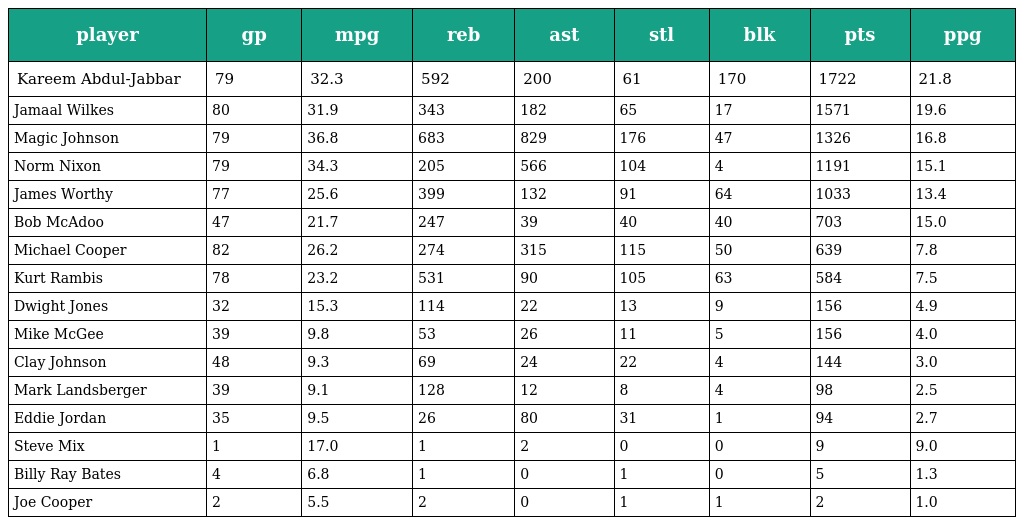
| player | gp | mpg | reb | ast | stl | blk | pts | ppg |
 | --- | --- | --- | --- | --- | --- | --- | --- | --- |
 | Kareem Abdul-Jabbar | 79 | 32.3 | 592 | 200 | 61 | 170 | 1722 | 21.8 |
 | Jamaal Wilkes | 80 | 31.9 | 343 | 182 | 65 | 17 | 1571 | 19.6 |
 | Magic Johnson | 79 | 36.8 | 683 | 829 | 176 | 47 | 1326 | 16.8 |
 | Norm Nixon | 79 | 34.3 | 205 | 566 | 104 | 4 | 1191 | 15.1 |
 | James Worthy | 77 | 25.6 | 399 | 132 | 91 | 64 | 1033 | 13.4 |
 | Bob McAdoo | 47 | 21.7 | 247 | 39 | 40 | 40 | 703 | 15.0 |
 | Michael Cooper | 82 | 26.2 | 274 | 315 | 115 | 50 | 639 | 7.8 |
 | Kurt Rambis | 78 | 23.2 | 531 | 90 | 105 | 63 | 584 | 7.5 |
 | Dwight Jones | 32 | 15.3 | 114 | 22 | 13 | 9 | 156 | 4.9 |
 | Mike McGee | 39 | 9.8 | 53 | 26 | 11 | 5 | 156 | 4.0 |
 | Clay Johnson | 48 | 9.3 | 69 | 24 | 22 | 4 | 144 | 3.0 |
 | Mark Landsberger | 39 | 9.1 | 128 | 12 | 8 | 4 | 98 | 2.5 |
 | Eddie Jordan | 35 | 9.5 | 26 | 80 | 31 | 1 | 94 | 2.7 |
 | Steve Mix | 1 | 17.0 | 1 | 2 | 0 | 0 | 9 | 9.0 |
 | Billy Ray Bates | 4 | 6.8 | 1 | 0 | 1 | 0 | 5 | 1.3 |
 | Joe Cooper | 2 | 5.5 | 2 | 0 | 1 | 1 | 2 | 1.0 |